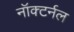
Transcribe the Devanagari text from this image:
नॉक्टर्नल